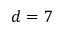
d = 7